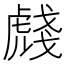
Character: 虥